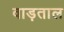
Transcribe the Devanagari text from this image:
वाड़ताल